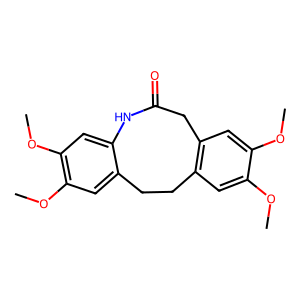
SMILES: COc1cc2c(cc1OC)CC(=O)Nc1cc(OC)c(OC)cc1CC2
Inhibits HIV replication: No